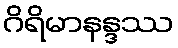
ဂိရိမာနန္ဒဿ